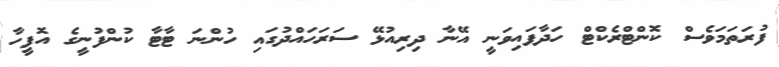
ފުރަތަމަވެސް ކޮންޓްރެކްޓް ހަދާފައިވަނީ އޭނާ ދިރިއުޅޭ ސަރަހައްދުގައި ހުންނަ ޓާޓާ ކުންފުނީގެ އޮފީހާ